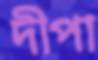
দীপা